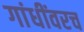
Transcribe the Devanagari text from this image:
गांधींवरच